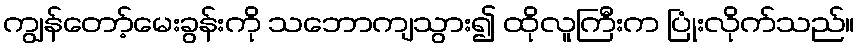
ကျွန်တော့်မေးခွန်းကို သဘောကျသွား၍ ထိုလူကြီးက ပြုံးလိုက်သည်။